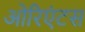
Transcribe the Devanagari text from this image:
ओरिएंटस